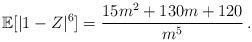
LaTeX: \begin{align*}\mathbb{E}[|1-Z|^6]=\frac{15m^2 + 130m + 120}{m^5}\,.\end{align*}